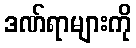
ဒဏ်ရာများကို